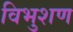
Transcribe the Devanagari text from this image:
विभुशण